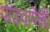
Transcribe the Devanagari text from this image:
पांङवांपैकी